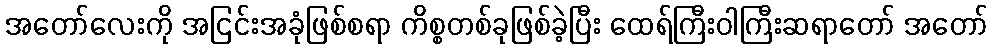
အတော်လေးကို အငြင်းအခုံဖြစ်စရာ ကိစ္စတစ်ခုဖြစ်ခဲ့ပြီး ထေရ်ကြီးဝါကြီးဆရာတော် အတော်